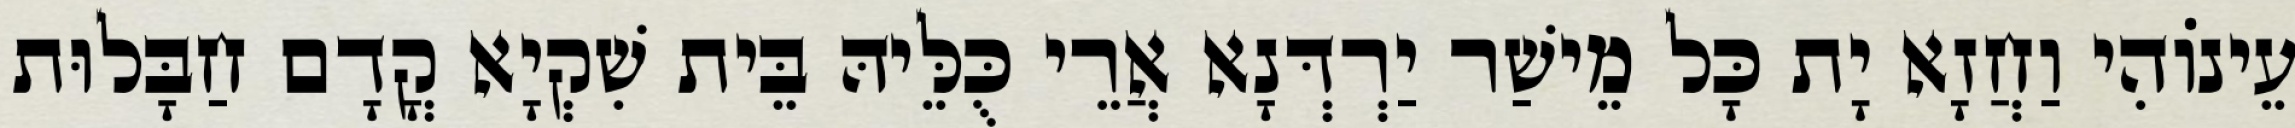
עֵינוֹהִי וַחֲזָא יָת כָּל מֵישַׁר יַרְדְּנָא אֲרֵי כֻּלֵּיהּ בֵּית שִׁקְיָא קֳדָם חַבָּלוּת